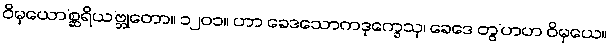
ဝိမှယော’စ္ဆရိယ’ဗ္ဘုတော။ ၁၂၀၁။ ဟာ ခေဒသောကဒုက္ခေသု၊ ခေဒေ တွ’ဟဟ ဝိမှယေ။